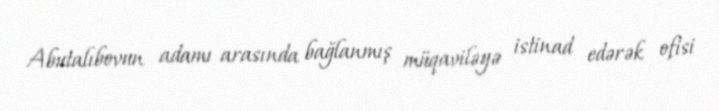
Abutalıbovun adamı arasında bağlanmış müqaviləyə istinad edərək ofisi